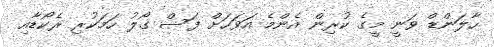
ހާލަންޑް ވަނީ މީގެ ކުރިން އެންމެ އަވަހަށް ފަސް ގޯލު ހަމަކުރި ރެކޯޑާއި